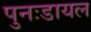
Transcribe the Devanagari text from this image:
पुनःडायल